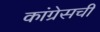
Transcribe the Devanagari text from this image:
कांग्रेसची